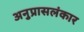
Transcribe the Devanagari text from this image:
अनुप्रासलंकार